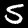
Digit: 5